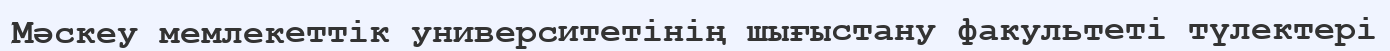
Мәскеу мемлекеттік университетінің шығыстану факультеті түлектері